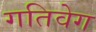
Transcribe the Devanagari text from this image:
गतिवेग